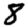
Digit: 8